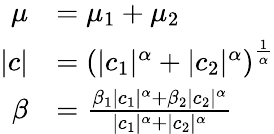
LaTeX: {\begin{array}{rl}{\mu}&{=\mu_{1}+\mu_{2}}\\ {|c|}&{=\left(|c_{1}|^{\alpha}+|c_{2}|^{\alpha}\right)^{\frac{1}{\alpha}}}\\ {\beta}&{={\frac{\beta_{1}|c_{1}|^{\alpha}+\beta_{2}|c_{2}|^{\alpha}}{|c_{1}|^{\alpha}+|c_{2}|^{\alpha}}}}\end{array}}